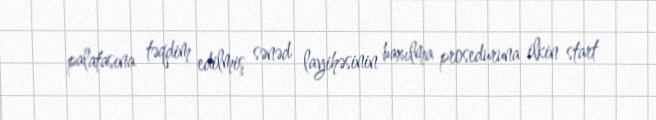
palatasına təqdim edilmiş sənəd layihəsinin baxılma proseduruna ilkin start